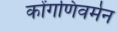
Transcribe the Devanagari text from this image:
कोंगणिवर्मन